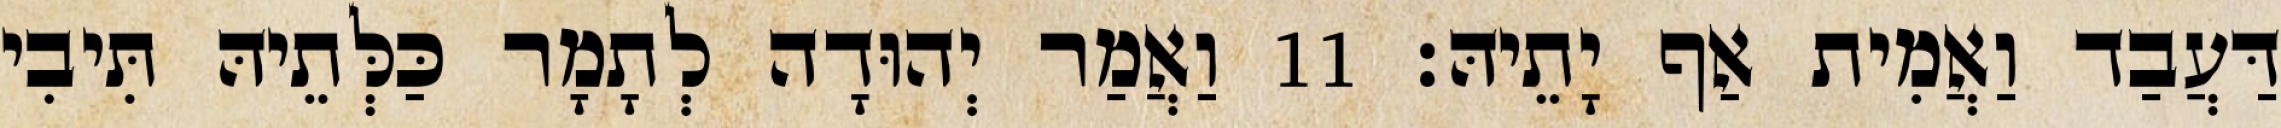
דַּעֲבַד וַאֲמִית אַף יָתֵיהּ׃ 11 וַאֲמַר יְהוּדָה לְתָמָר כַּלְּתֵיהּ תִּיבִי